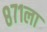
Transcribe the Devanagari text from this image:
८७१ला